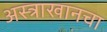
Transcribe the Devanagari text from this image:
अस्त्राखानचा